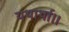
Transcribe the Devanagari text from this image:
यथार्था।।